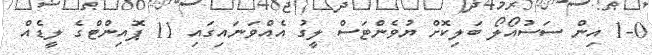
1-0 އިން ސަސުއޯލޯ ބަލިކޮށް ޔުވެންޓަސް ލީގު އެއްވަނައިގައި 11 ޕޮއިންޓްގެ ލީޑެއް